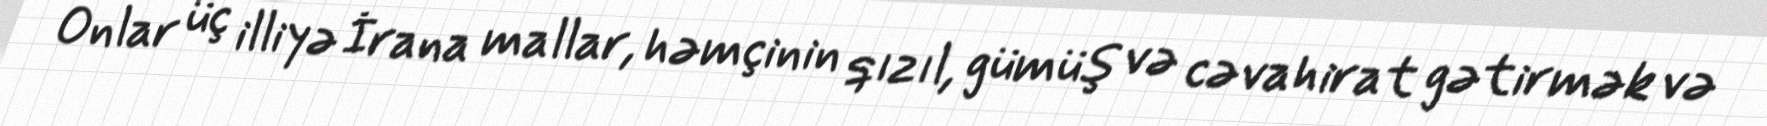
Onlar üç illiyə İrana mallar, həmçinin qızıl, gümüş və cəvahirat gətirmək və